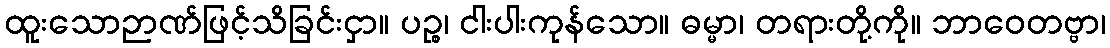
ထူးသောဉာဏ်ဖြင့်သိခြင်းငှာ။ ပဉ္စ၊ ငါးပါးကုန်သော။ ဓမ္မာ၊ တရားတို့ကို။ ဘာဝေတဗ္ဗာ၊